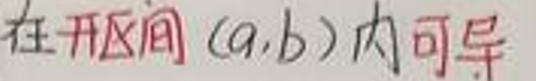
在开区间 $(a,b)$ 内可导